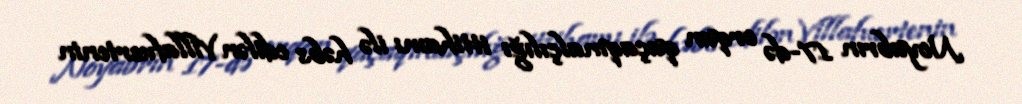
Noyabrın 17-də orqan qaçaqmalçılığı ittihamı ilə həbs edilən Villafuertenin